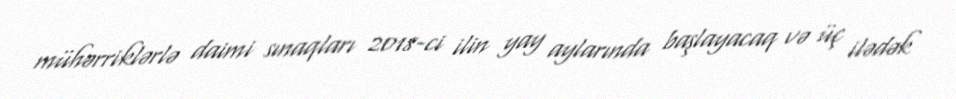
mühərriklərlə daimi sınaqları 2018-ci ilin yay aylarında başlayacaq və üç ilədək